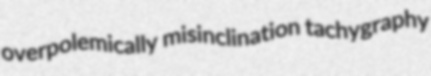
overpolemically misinclination tachygraphy